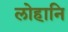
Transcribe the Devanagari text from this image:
लोहानि